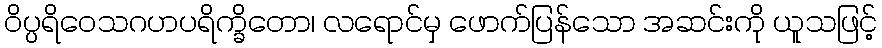
ဝိပ္ပရိဝေသဂဟပရိက္ခိတော၊ လရောင်မှ ဖောက်ပြန်သော အဆင်းကို ယူသဖြင့်